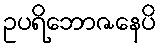
ဥပရိဘောဇနေပိ